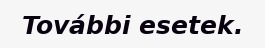
További esetek.